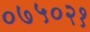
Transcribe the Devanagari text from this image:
०७५०२१